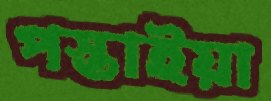
পস্তাইয়া